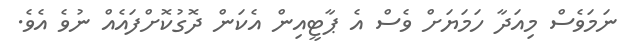
ނަމަވެސް މިއަދާ ހަމަޔަށް ވެސް އެ ޕާޓީއިން އެކަން ދޮގުކޮށްފައެއް ނުވެ އެވެ.